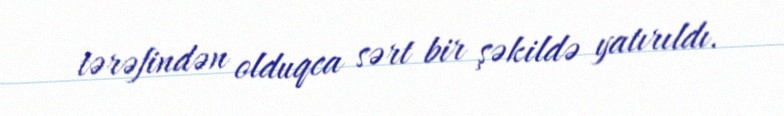
tərəfindən olduqca sərt bir şəkildə yatırıldı.